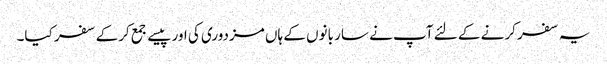
یہ سفر کرنے کے لئے آپ نے سار بانوں کے ہاں مزدوری کی اور پیسے جمع کرکے سفر کیا۔